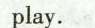
play.